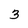
Character: 3